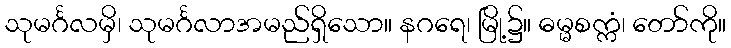
သုမင်္ဂလမှိ၊ သုမင်္ဂလာအမည်ရှိသော။ နဂရေ၊ မြို့၌။ ဓမ္မစက္ကံ၊ တော်ကို။